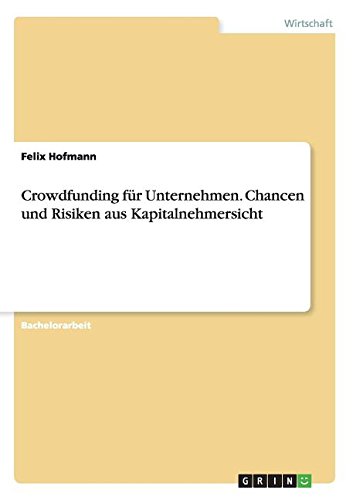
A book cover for Crowdfunding fÃ¼r Unternehmen. Chancen und Risiken aus Kapitalnehmersicht (German Edition); Felix Hofmann; Business & Money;